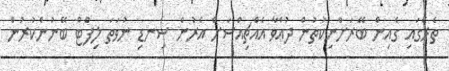
ތެރޭގައި ގެއިން ބޭރަށްނިކުތުން ދުއްވާ އެއްޗިއްސަށް އެރުން ސިނޑި ނުވަތަ ލިފްޓް ބޭނުންކުރުން